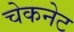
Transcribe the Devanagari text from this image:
चेकनेट